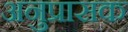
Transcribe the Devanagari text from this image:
अनुप्रासक